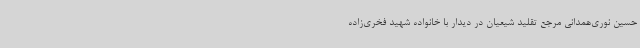
حسین نوری‌همدانی مرجع تقلید شیعیان در دیدار با خانواده شهید فخری‌زاده